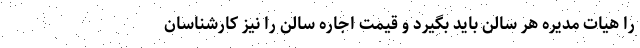
را هیات مدیره هر سالن باید بگیرد و قیمت اجاره سالن را نیز کارشناسان